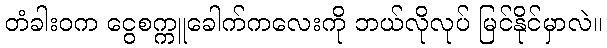
တံခါးဝက ငွေစက္ကူခေါက်ကလေးကို ဘယ်လိုလုပ် မြင်နိုင်မှာလဲ။